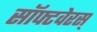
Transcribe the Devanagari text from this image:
सॉफ्टवेरस्